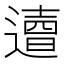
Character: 𨗣